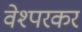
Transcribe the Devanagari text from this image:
वेश्परकर